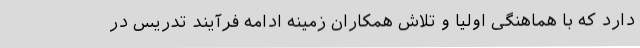
دارد که با هماهنگی اولیا و تلاش همکاران زمینه ادامه فرآیند تدریس در